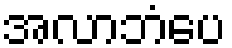
အလာဘံပေ